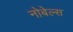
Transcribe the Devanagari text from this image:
नोबेल्स